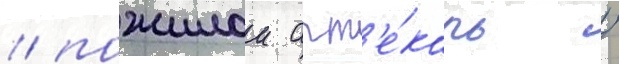
/ пожилои апт'е́карь /